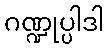
ဂဏ္ဍုပ္ပါဒါ